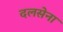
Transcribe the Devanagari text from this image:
दलसेना